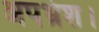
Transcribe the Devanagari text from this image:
अपभ्रंश।